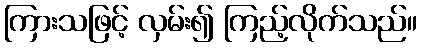
ကြားသဖြင့် လှမ်း၍ ကြည့်လိုက်သည်။